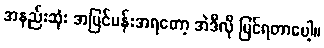
အနည်းဆုံး အပြင်ပန်းအရတော့ အဲဒီလို မြင်ရတာပေါ့။